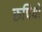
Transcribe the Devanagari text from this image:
रुपियो